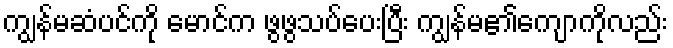
ကျွန်မဆံပင်ကို မောင်က ဖွဖွသပ်ပေးပြီး ကျွန်မ၏ကျောကိုလည်း